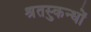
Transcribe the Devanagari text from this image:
श्रुतस्कन्धों